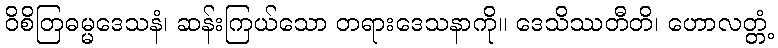
ဝိစိတြဓမ္မဒေသနံ၊ ဆန်းကြယ်သော တရားဒေသနာကို။ ဒေသိဿတီတိ၊ ဟောလတ္တံ့